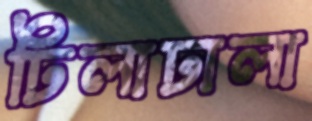
ঢিলাঢালা